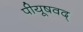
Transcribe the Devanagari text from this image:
पीयूषवद्